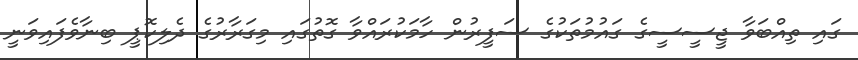
ގައި ތިއްބަވާ ޖީސީސީގެ ގައުމުތަކުގެ ސަފީރުން ހާމަކުރައްވާ ގޮތުގައި މިގަރާރުގެ ދެލިކޮޕީ ބިނާވެފައިވަނީ